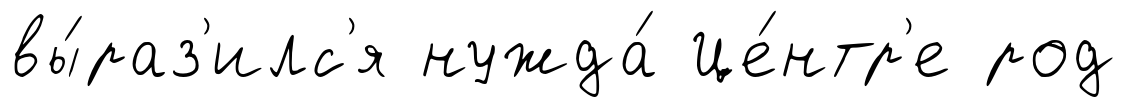
вы́раз'илс'я нужда́ Це́нтр'е род